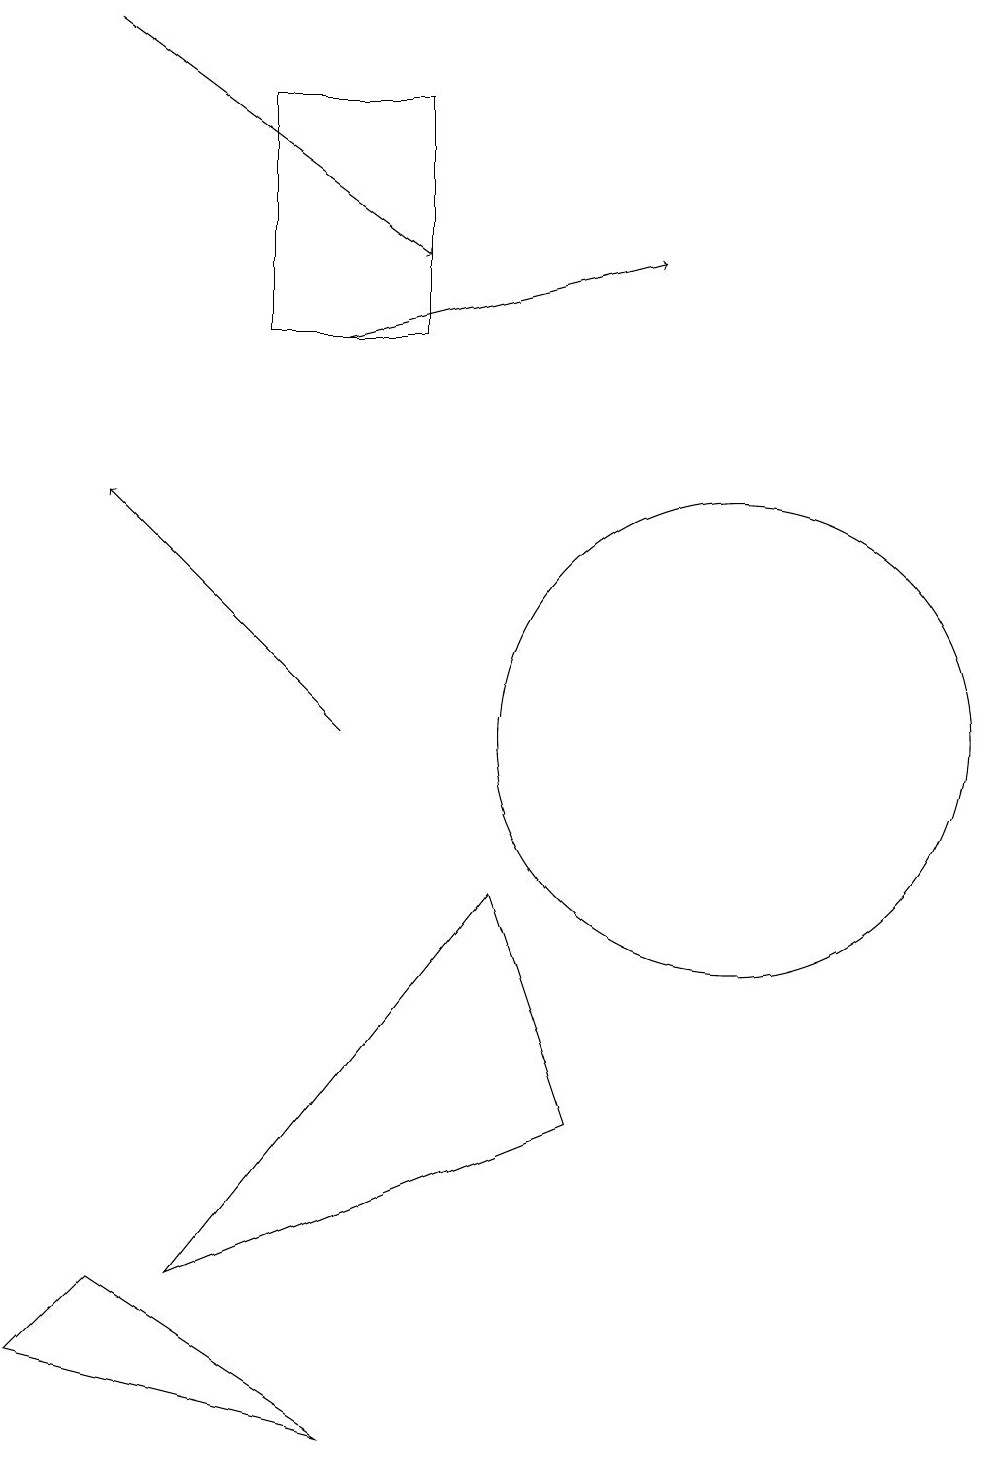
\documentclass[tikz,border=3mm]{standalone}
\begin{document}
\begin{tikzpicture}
\draw[->] (2,19) -- (6,16);
\draw[->] (5,15) -- (9,16);
\draw (3,3) -- (7,8) -- (8,5) -- cycle;
\draw (2,3) -- (1,2) -- (5,1) -- cycle;
\draw (4,18) rectangle (6,15);
\draw (10,10) circle (3);
\draw[->] (5,10) -- (2,13);
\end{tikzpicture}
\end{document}